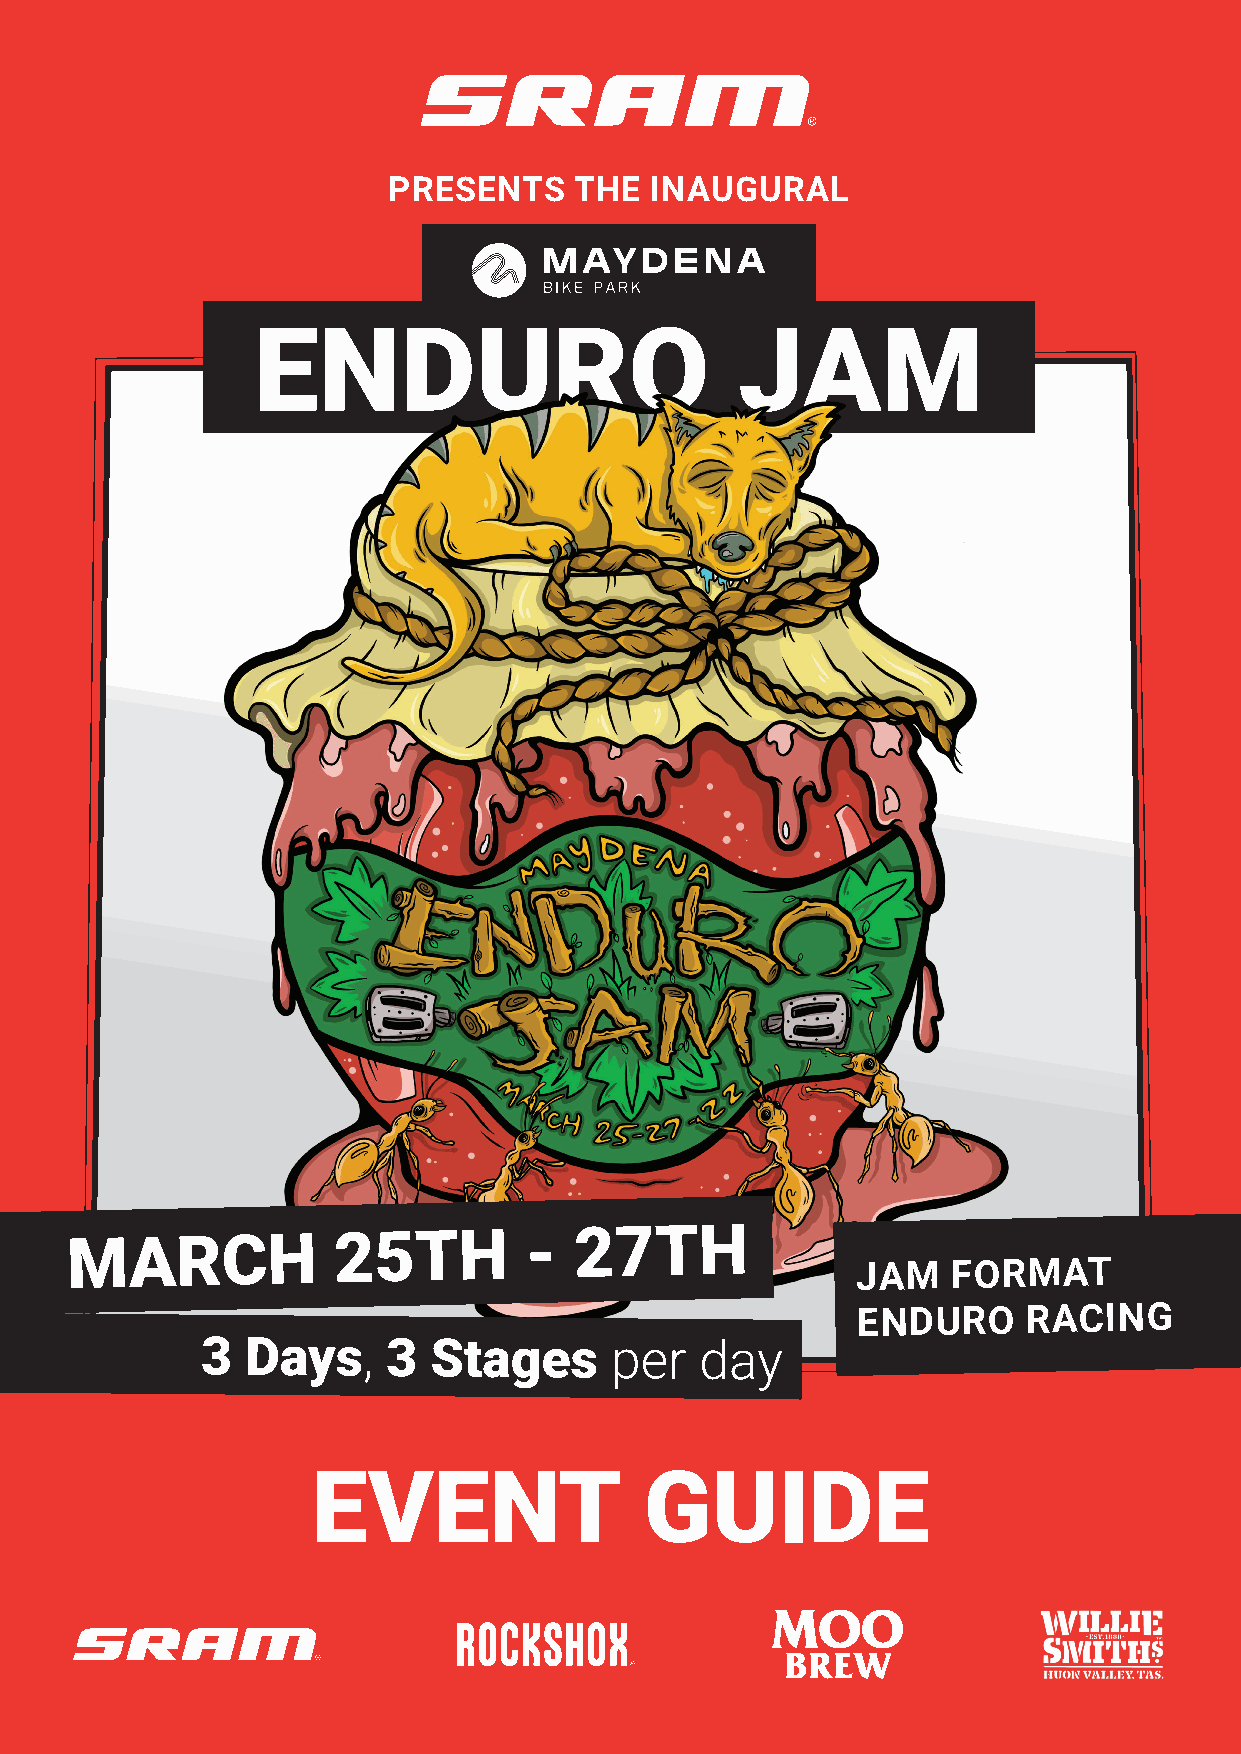
PRESENTS    THE  INAUGURAL
 ENDURO                          JAM
 MARCH             25TH         -  27TH
 JAM   FORMAT
 ENDURO     RACING
 3  Days,     3 Stages      per   day
 EVENT                 GUIDE